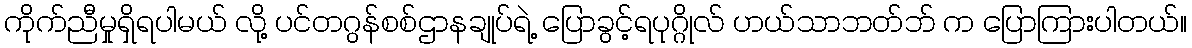
ကိုက်ညီမှုရှိရပါမယ် လို့ ပင်တဂွန်စစ်ဌာနချုပ်ရဲ့ ပြောခွင့်ရပုဂ္ဂိုလ် ဟယ်သာဘတ်ဘ် က ပြောကြားပါတယ်။